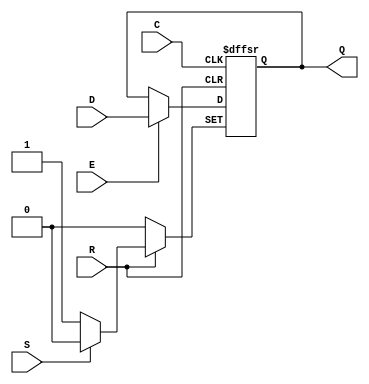
module dffnsre(
    output reg Q,
    input D,
    (* clkbuf_sink *)
    input C,
    input E,
    input R,
    input S
);
    parameter [0:0] INIT = 1'b0;
    initial Q = INIT;
        always @(negedge C or negedge S or negedge R)
          if (!R)
            Q <= 1'b0;
          else if (!S)
            Q <= 1'b1;
          else if (E)
            Q <= D;
endmodule